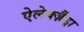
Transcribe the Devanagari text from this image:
ऐलेक्ज़ैंड्रा